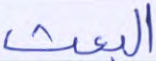
البعث